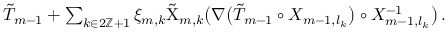
\begin{array} { r } { \tilde { T } _ { m - 1 } + \sum _ { k \in 2 \ensuremath { \mathbb { Z } } + 1 } \xi _ { m , k } \tilde { \Chi } _ { m , k } \bigl ( \nabla \bigl ( \tilde { T } _ { m - 1 } \circ X _ { m - 1 , l _ { k } } \bigr ) \circ X _ { m - 1 , l _ { k } } ^ { - 1 } \bigr ) \, . } \end{array}